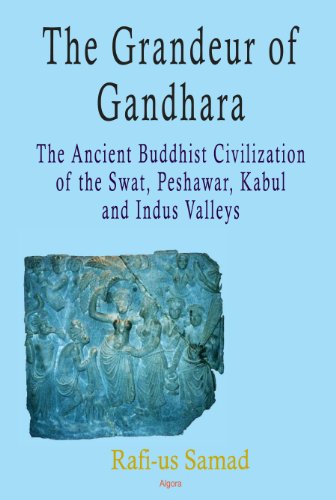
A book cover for The Grandeur of Gandhara: The Ancient Buddhist Civilization of the Swat, Peshawar, Kabul and Indus Valleys; Rafi-us Samad; History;